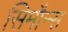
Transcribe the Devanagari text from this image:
सिमौन्स